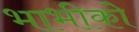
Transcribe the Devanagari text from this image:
भाभीको